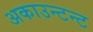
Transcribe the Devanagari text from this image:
अकाउन्टन्ट